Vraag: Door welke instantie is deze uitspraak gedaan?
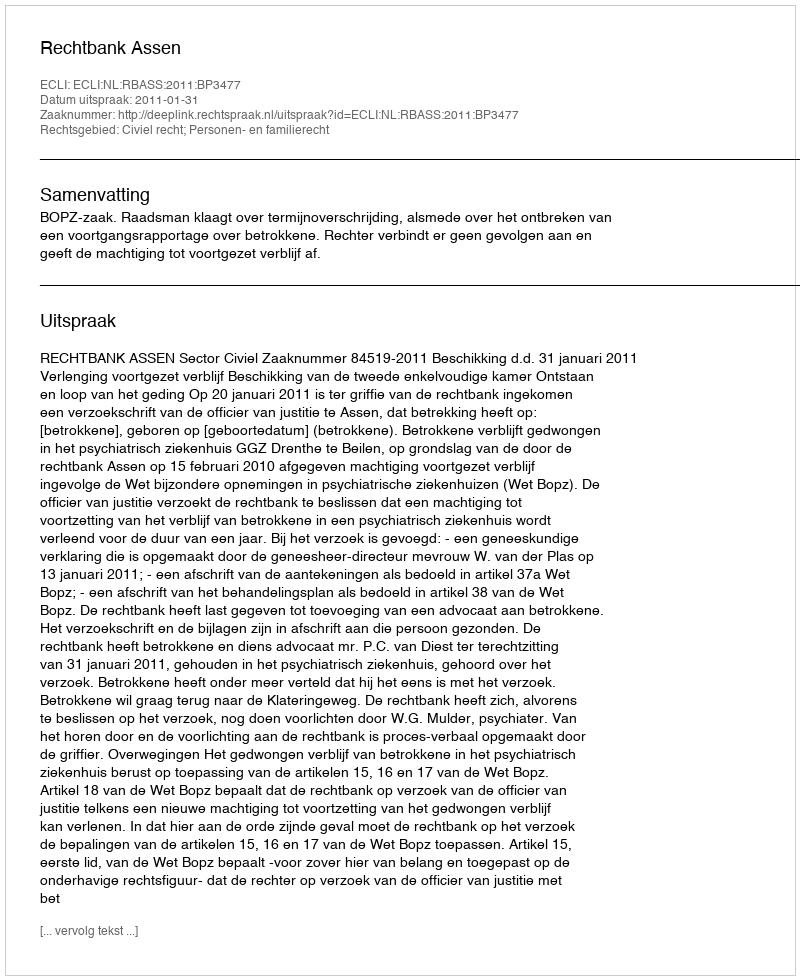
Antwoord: Rechtbank Assen